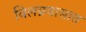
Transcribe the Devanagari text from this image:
विलग्नवासात